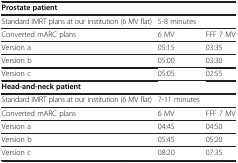
<table><thead><tr><td colspan="3"><b>Prostate patient</b></td></tr></thead><tbody><tr><td>Standard IMRT plans at our institution (6 MV flat)</td><td>5-8 minutes</td><td> </td></tr><tr><td>Converted mARC plans</td><td>6 MV</td><td>FFF 7 MV</td></tr><tr><td>Version a</td><td>05:15</td><td>03:35</td></tr><tr><td>Version b</td><td>05:00</td><td>03:30</td></tr><tr><td>Version c</td><td>05:05</td><td>02:55</td></tr><tr><td colspan="3"><b>Head-and-neck patient</b></td></tr><tr><td>Standard IMRT plans at our institution (6 MV flat)</td><td>7-11 minutes</td><td> </td></tr><tr><td>Converted mARC plans</td><td>6 MV</td><td>FFF 7 MV</td></tr><tr><td>Version a</td><td>04:45</td><td>04:50</td></tr><tr><td>Version b</td><td>05:45</td><td>05:20</td></tr><tr><td>Version c</td><td>08:20</td><td>07:35</td></tr></tbody></table>